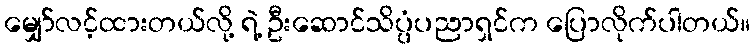
မျှော်လင့်ထားတယ်လို့ ရဲ့ ဦးဆောင်သိပ္ပံပညာရှင်က ပြောလိုက်ပါတယ်။